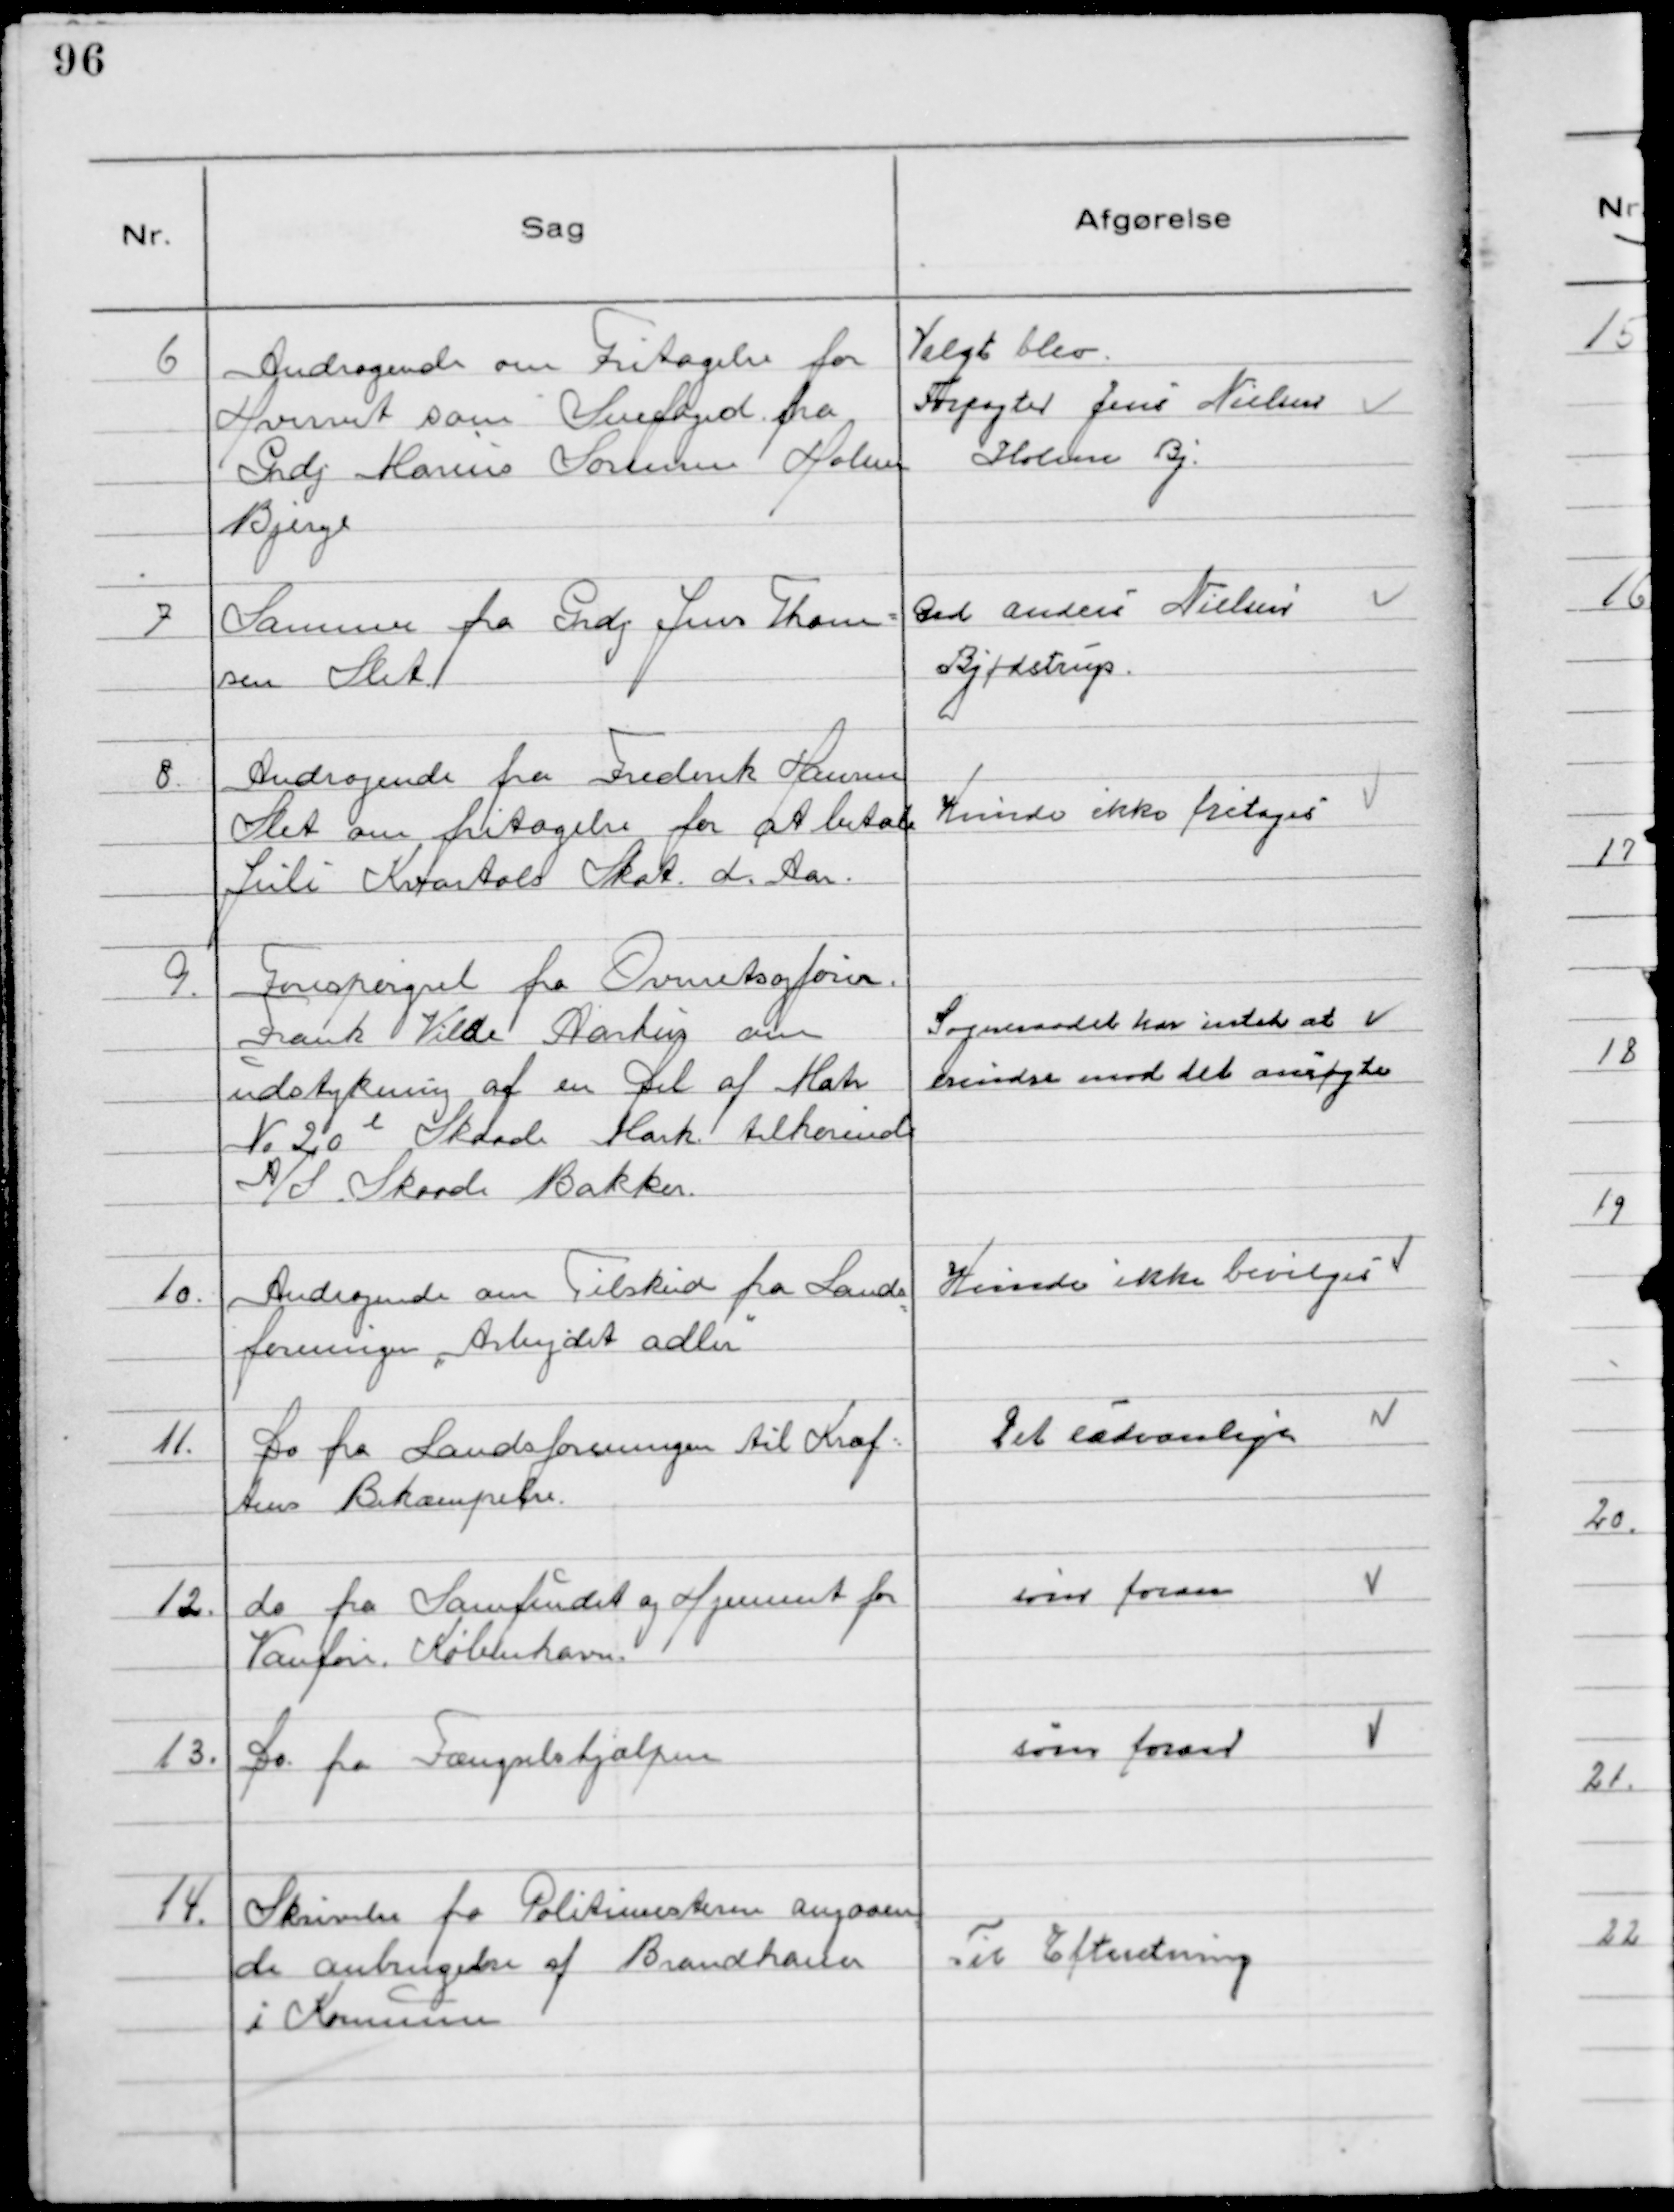
Transskription:
6 Andragende om Fritagelse for
Hvervet som Snefoged fra
Grdj Marius Sørensen Holme
Bjerge

Valgt blev
Forpagter Jens Nielsen
Holme Bj.

7 Samme fra Grdj Jens Thom-
sen Slet.

Grd Anders Nielsen
Bjødstrup.

8. Andragende fra Frederik Hansen
Slet om fritagelse for at betale
Juli Kvartals Skat d. Aar.

Kunde ikke fritages

9. Forespørgsel fra Overretsagfører
Frank Vilde Aarhus om
udstykning af en Del af Matr
№20 l Skaade Mark tilhørende
A/S Skaade Bakker.

Sogneraadet har intet at
erindre mod det ansøgte

10. Andragende om Tilskud fra Lands
foreningen "Arbejdet adler"

Kunde ikke bevilges

11. Do fra Landsforeningen til Kræf-
tens Bekæmpelse.

Det sædvanlige

12. do fra Samfundet og Hjemmet for
Vanføre. København.

som foran

13. Do fra Fængselshjælpen

som foran

14. Skrivelse fra Politimesteren angaaen
de anbringelse af Brandhaner
i Kommunen

Til Efteretning